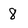
Character: 8